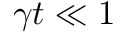
\gamma t \ll 1